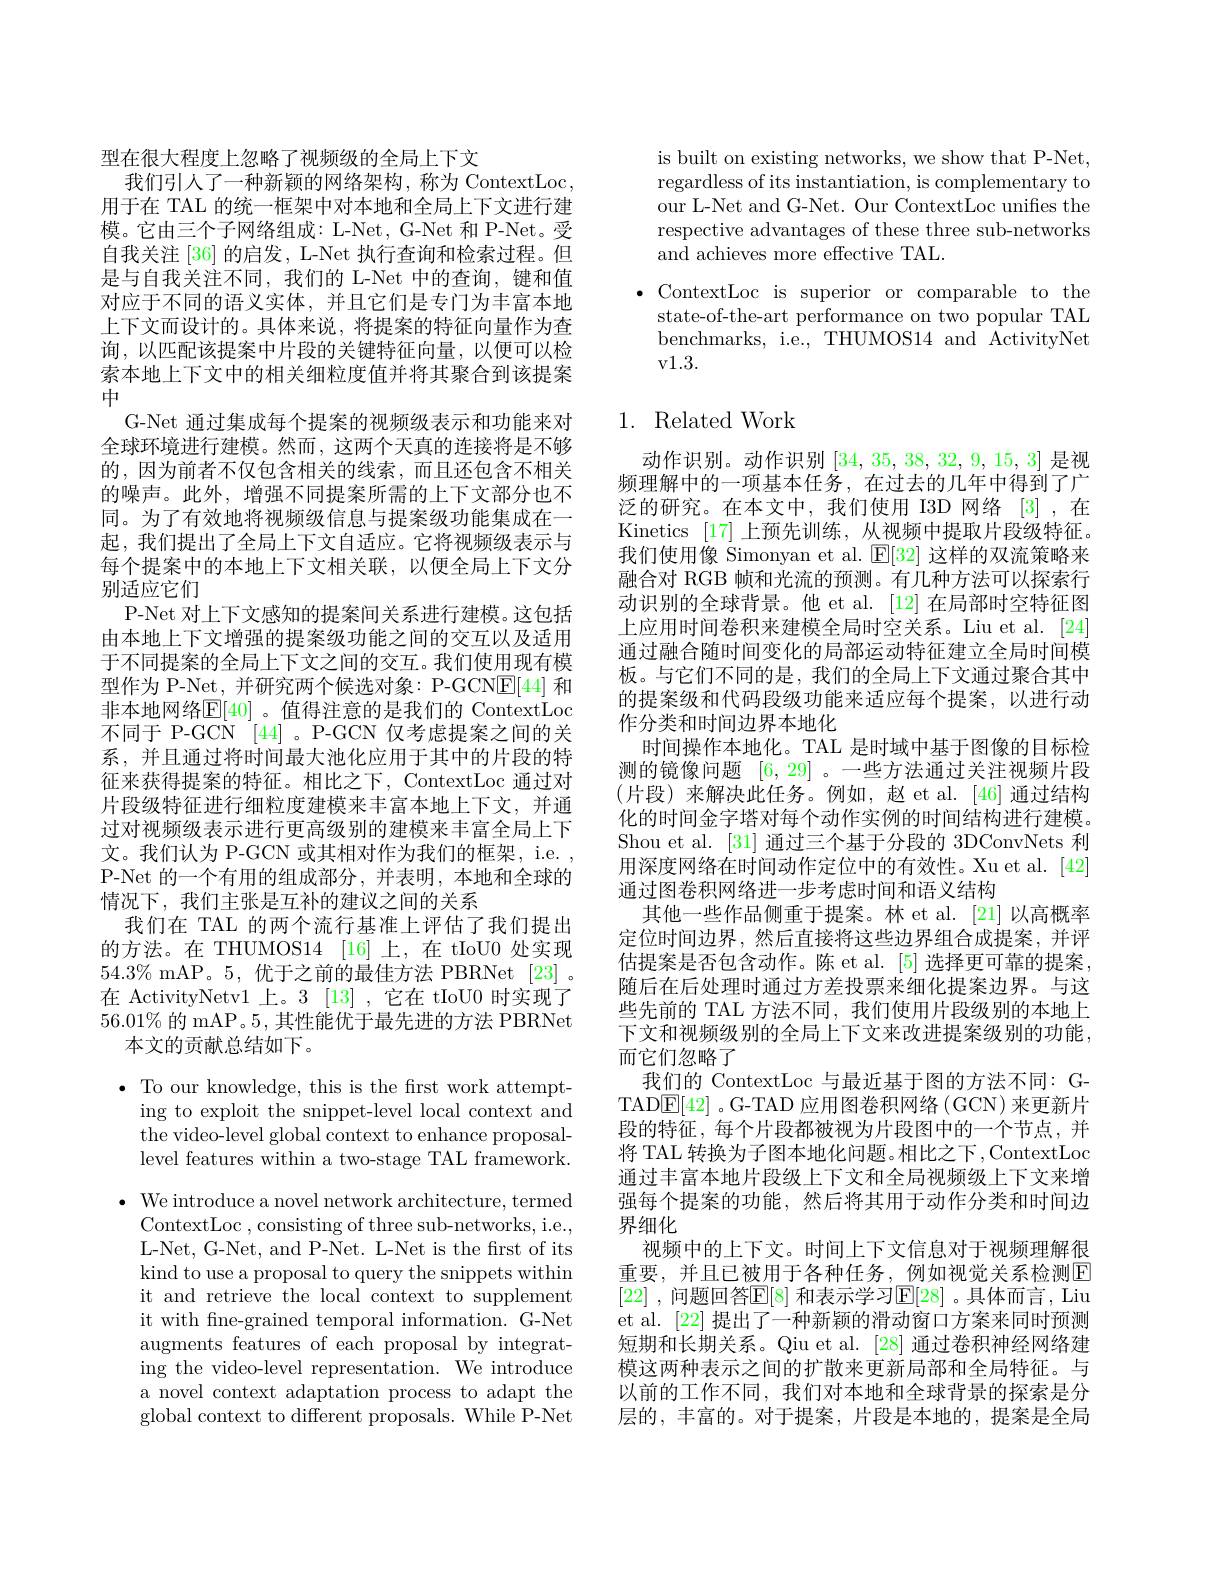
型在很大程度上忽略了视频级的全局上下文
我们引人了一种新颖的网络架构，称为 ContextLoc, 用于在 TAL 的统一框架中对本地和全局上下文进行建模。它由三个子网络组成：L-Net, G-Net 和 P-Net。受自我关注 [36] 的启发，L-Net 执行查询和检索过程。但是与自我关注不同，我们的 L-Net 中的查询，键和值对应于不同的语义实体，并且它们是专门为丰富本地上下文而设计的。具体来说，将提案的特征向量作为查询，以匹配该提案中片段的关键特征向量，以便可以检索本地上下文中的相关细粒度值并将其聚合到该提案中
G-Net 通过集成每个提案的视频级表示和功能来对全球环境进行建模。然而，这两个天真的连接将是不够的，因为前者不仅包含相关的线索，而且还包含不相关的噪声。此外，增强不同提案所需的上下文部分也不同。为了有效地将视频级信息与提案级功能集成在一起，我们提出了全局上下文自适应。它将视频级表示与每个提案中的本地上下文相关联，以便全局上下文分别适应它们
P-Net 对上下文感知的提案间关系进行建模。这包括由本地上下文增强的提案级功能之间的交互以及适用于不同提案的全局上下文之间的交互。我们使用现有模型作为 P-Net, 并研究两个候选对象：P-GCN$\underline{\mathrm{E}}[44]$和非本地网络$\mathbb{E}[40]$ 。值得注意的是我们的 ContextLoc 不同于 P-GCN [44] 。P-GCN 仅考虑提案之间的关系，并且通过将时间最大池化应用于其中的片段的特征来获得提案的特征。相比之下，ContextLoc 通过对片段级特征进行细粒度建模来丰富本地上下文，并通过对视频级表示进行更高级别的建模来丰富全局上下文。我们认为 P-GCN 或其相对作为我们的框架，i.e. P-Net 的一个有用的组成部分，并表明，本地和全球的情况下，我们主张是互补的建议之间的关系
我们在 TAL 的两个流行基准上评估了我们提出的方法。在 THUMOS14 [16] 上，在 tIoU0 处实现$54.3\%$ mAP。5,优于之前的最佳方法 PBRNet [23] 。在 ActivityNetv1 上。3 [13] ,它在 tIoU0 时实现了$56.01\%$的 mAP。5, 其性能优于最先进的方法 PBRNet
本文的贡献总结如下。

$\bullet$ To our knowledge, this is the frst work attempt-
ing to exploit the snippet-level local context and the video-level global context to enhance proposallevel features within a two-stage TAL framework.

$\bullet$ We introduce a novel network architecture, termed
ContextLoc , consisting of three sub-networks, i.e., L-Net, G-Net, and P-Net. L-Net is the first of its kind to use a proposal to query the snippets within it and retrieve the local context to supplement it with fne-grained temporal information. G-Net augments features of each proposal by integrating the video-level representation. We introduce a novel context adaptation process to adapt the global context to different proposals. While P-Net

is built on existing networks, we show that P-Net, regardless of its instantiation, is complementary to our L-Net and G-Net. Our ContextLoc unifies the respective advantages of these three sub-networks and achieves more effective TAL.
$\bullet$ ContextLoc is superior or comparable to the
state-of-the-art performance on two popular TAL benchmarks, i.e., THUMOS14 and ActivityNet v1.3.

## 1. Related Work

动作识别。动作识别[34,35,38,32,9,15,3]是视频理解中的一项基本任务，在过去的几年中得到了广泛的研究。在本文中，我们使用 I3D 网络 [3] ,在Kinetics [17]上预先训练，从视频中提取片段级特征。我们使用像 Simonyan et al. $\mathbb{E}[32]$这样的双流策略来融合对 RGB 帧和光流的预测。有几种方法可以探索行动识别的全球背景。他 et al. [12] 在局部时空特征图上应用时间卷积来建模全局时空关系。Liu et al.[24] 通过融合随时间变化的局部运动特征建立全局时间模板。与它们不同的是，我们的全局上下文通过聚合其中的提案级和代码段级功能来适应每个提案，以进行动作分类和时间边界本地化
时间操作本地化。TAL 是时域中基于图像的目标检测的镜像问题[6,29] 。一些方法通过关注视频片段(片段)来解决此任务。例如，赵 et al.[46]通过结构化的时间金字塔对每个动作实例的时间结构进行建模。Shou et al. [31]通过三个基于分段的 3DConvNets 利用深度网络在时间动作定位中的有效性。Xu et al. [42] 通过图卷积网络进一步考虑时间和语义结构
其他一些作品侧重于提案。林 et al. [21]以高概率定位时间边界，然后直接将这些边界组合成提案，并评估提案是否包含动作。陈 et al.[5] 选择更可靠的提案， 随后在后处理时通过方差投票来细化提案边界。与这些先前的 TAL 方法不同，我们使用片段级别的本地上下文和视频级别的全局上下文来改进提案级别的功能， 而它们忽略了
我们的 ContextLoc 与最近基于图的方法不同：GTAD$\underline{\mathrm{E}}[42]$ 。G-TAD 应用图卷积网络 (GCN) 来更新片段的特征，每个片段都被视为片段图中的一个节点，并将 TAL 转换为子图本地化问题。相比之下 ,ContextLoc 通过丰富本地片段级上下文和全局视频级上下文来增强每个提案的功能，然后将其用于动作分类和时间边界细化
视频中的上下文。时间上下文信息对于视频理解很重要，并且已被用于各种任务，例如视觉关系检测$\overline{\mathrm{E}}$ [22] ,问题回答$\mathbb{E}[8]$ 和表示学习$\mathbb{E}[28]$ 。具体而言，Liu et al. [22] 提出了一种新颖的滑动窗口方案来同时预测短期和长期关系。Qiu et al. [28] 通过卷积神经网络建模这两种表示之间的扩散来更新局部和全局特征。与以前的工作不同，我们对本地和全球背景的探索是分层的，丰富的。对于提案，片段是本地的，提案是全局